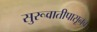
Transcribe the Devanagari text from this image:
सुरूवातीपासूनच